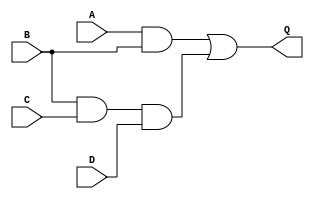
`timescale 1ns / 1ps
//////////////////////////////////////////////////////////////////////////////////
// Company: 
// Engineer: 
// 
// Design Name: 
// Module Name: odev1_soru2
// Project Name: 
// Target Devices: 
// Tool Versions: 
// Description: 
// 
// Dependencies: 
// 
// Revision:
// Revision 0.01 - File Created
// Additional Comments:
// 
//////////////////////////////////////////////////////////////////////////////////


module odev1_soru2(
    input A,B,C,D,
    output Q
    );
    wire w1,w2;
    and(w1,A,B);
    and(w2,B,C,D);
    or(Q,w1,w2);
endmodule